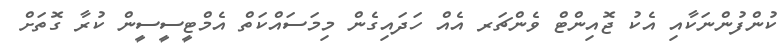
ކުންފުންނަކާއި އެކު ޖޮއިންޓް ވެންޗަރ އެއް ހަދައިގެން މިމަސައްކަތް އެމްޓީސީސީން ކުރާ ގޮތަށް